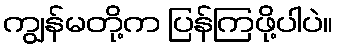
ကျွန်မတို့က ပြန်ကြဖို့ပါပဲ။